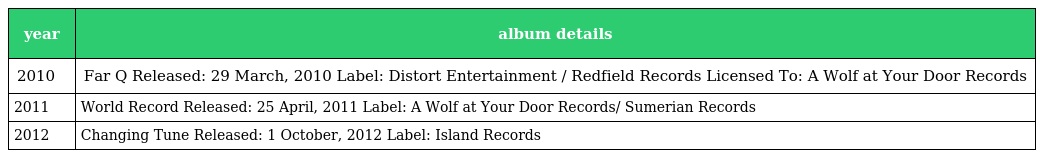
| year | album details |
 | --- | --- |
 | 2010 | Far Q Released: 29 March, 2010 Label: Distort Entertainment / Redfield Records Licensed To: A Wolf at Your Door Records |
 | 2011 | World Record Released: 25 April, 2011 Label: A Wolf at Your Door Records/ Sumerian Records |
 | 2012 | Changing Tune Released: 1 October, 2012 Label: Island Records |